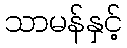
သာမန်နှင့်